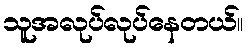
သူအလုပ်လုပ်နေတယ်။